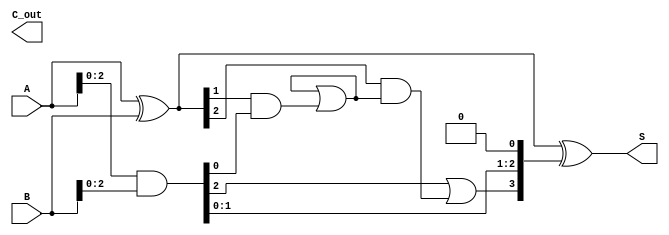
module ParallelPrefixAdder #(parameter N = 4) (
    input  [N-1:0] A,      // First n-bit input
    input  [N-1:0] B,      // Second n-bit input
    output [N-1:0] S,      // n-bit sum output
    output        C_out     // Carry out
);

    // Generate and Propagate signals
    wire [N-1:0] G; // Generate
    wire [N-1:0] P; // Propagate
    wire [N:0] C;    // Carry bits

    // Generate and Propagate calculations
    assign G = A & B;              // Generate
    assign P = A ^ B;              // Propagate

    // Carry computation using Kogge-Stone prefix network
    assign C[0] = 1'b0; // C_0 is typically 0

    genvar i;
    generate
        // Level 1
        for (i = 0; i < N-1; i = i + 1) begin
            assign C[i+1] = G[i] | (P[i] & C[i]);
        end

        // Level 2
        for (i = 0; i < N-2; i = i + 2) begin
            assign C[i+2] = G[i+1] | (P[i+1] & C[i]);
        end

        // Level 3
        for (i = 0; i < N-4; i = i + 4) begin
            assign C[i+4] = G[i+3] | (P[i+3] & C[i]);
        end
    endgenerate

    // Sum calculation
    assign S = P ^ C[N-1:0];

    // Final carry out
    assign C_out = C[N];

endmodule